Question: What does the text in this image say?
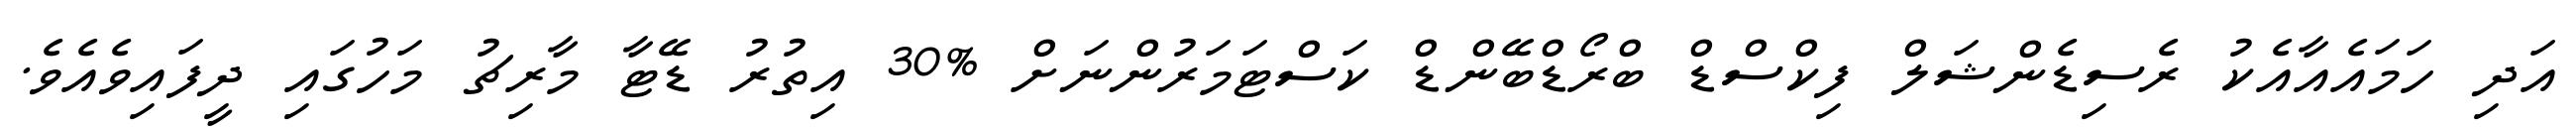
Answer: އަދި ހަމައެއާއެކު ރެސިޑެންޝަލް ފިކްސްޑް ބްރޯޑްބޭންޑް ކަސްޓަމަރުންނަށް %30 އިތުރު ޑޭޓާ މާރިޗު މަހުގައި ދީފައިވެއެވެ.